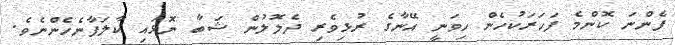
ފެންނަ ކޮންމެ ފަހަރަކުހެން ހިވަނީ އޭނާގެ ރުޅިވެރި ދެލޮލުން ޝަބާ ނޮޅައި ކާލަފާނެހެންނެވެ.